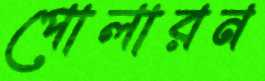
পোলারন